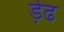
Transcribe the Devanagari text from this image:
ड़ेढ